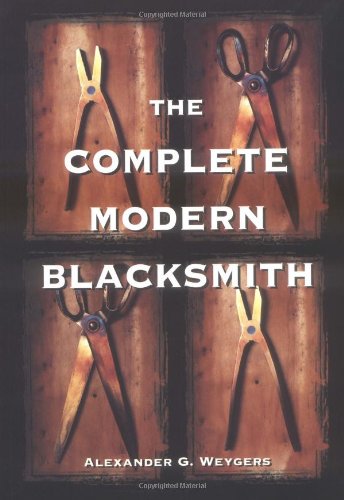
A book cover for The Complete Modern Blacksmith; Alexander Weygers; Engineering & Transportation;